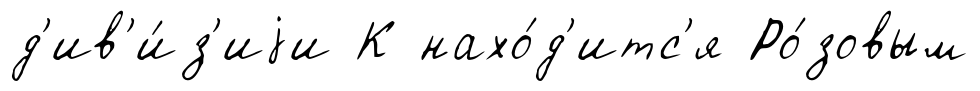
д'ив'и́з'иjи К нахо́д'итс'я Ро́зовым